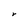
Character: r